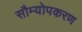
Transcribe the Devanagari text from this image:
सौम्योपकरण